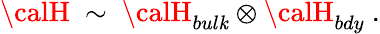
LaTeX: {\calH}~\sim~{\calH}_{bul\mathit{k}}\otimes{\calH}_{bdy}~.